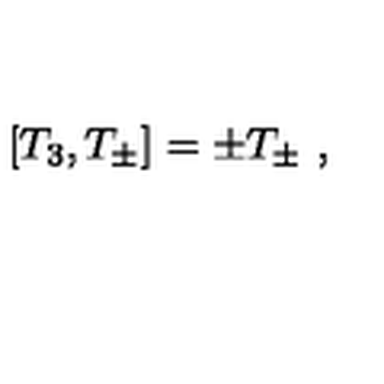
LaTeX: [ T _ { 3 } , T _ { \pm } ] = \pm T _ { \pm } \ ,